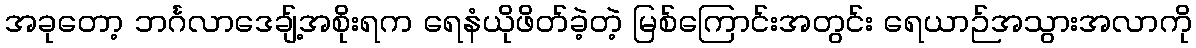
အခုတော့ ဘင်္ဂလာဒေချ့်အစိုးရက ရေနံယိုဖိတ်ခဲ့တဲ့ မြစ်ကြောင်းအတွင်း ရေယာဉ်အသွားအလာကို